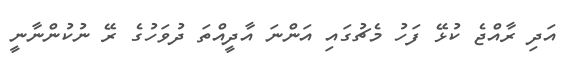
އަދި ރާއްޖެ ކުޅޭ ފަހު މެޗުގައި އަންނަ އާދީއްތަ ދުވަހުގެ ރޭ ނުކުންނާނީ